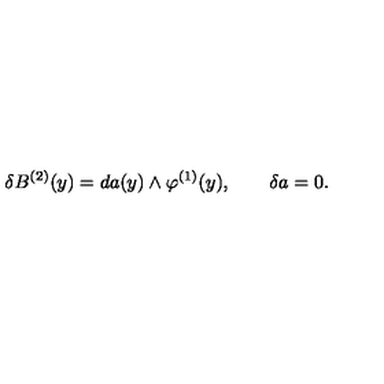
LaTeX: \delta B ^ { ( 2 ) } ( y ) = d a ( y ) \wedge \varphi ^ { ( 1 ) } ( y ) , \qquad \delta a = 0 .